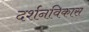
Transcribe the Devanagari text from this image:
दर्शनविकास